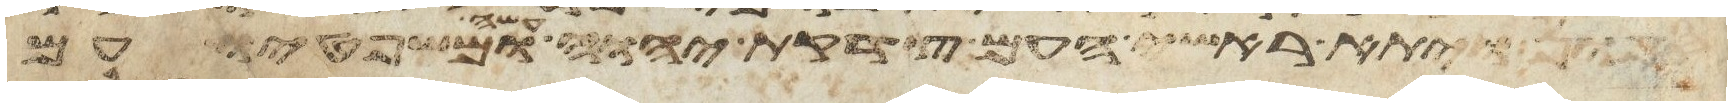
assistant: ספון ויתא ראשי העם צדקת יהוה עשה ומשפטיו עם